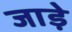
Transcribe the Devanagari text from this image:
जाड़े़